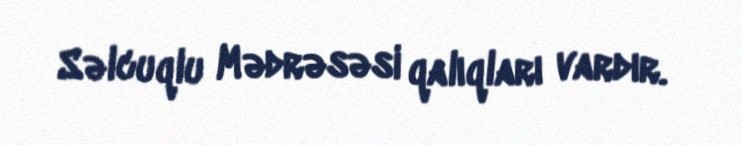
Səlcuqlu Mədrəsəsi qalıqları vardır.